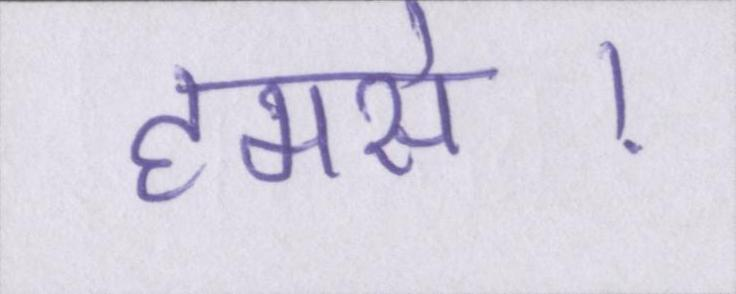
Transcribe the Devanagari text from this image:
हमसे।